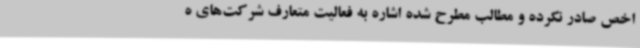
اخص صادر نکرده و مطالب مطرح شده اشاره به فعالیت متعارف شرکت‌های ه